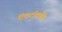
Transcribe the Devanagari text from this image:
टिकटॉकमैन